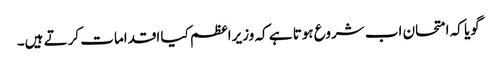
گویا کہ امتحان اب شروع ہوتا ہے کہ وزیراعظم کیا اقدامات کرتے ہیں۔